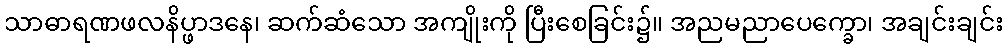
သာဓာရဏဖလနိပ္ဖာဒနေ၊ ဆက်ဆံသော အကျိုးကို ပြီးစေခြင်း၌။ အညမညာပေက္ခော၊ အချင်းချင်း